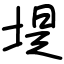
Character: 堤